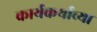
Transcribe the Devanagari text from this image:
कार्यकर्यांच्या